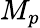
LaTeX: M_{p}